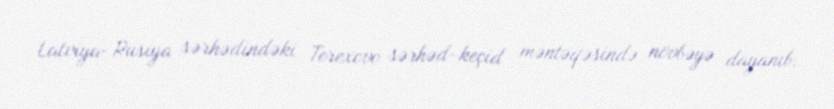
Latviya-Rusiya sərhədindəki Terexovo sərhəd-keçid məntəqəsində növbəyə dayanıb.